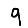
Digit: 9